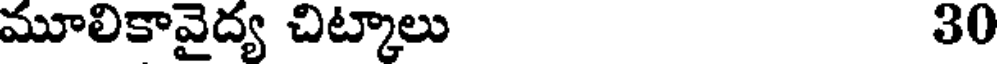
మూలికావైద్య చిట్కాలు 30